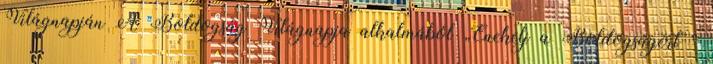
Világnapján A Boldogság Világnapja alkalmából „Énekelj a Boldogságért ”